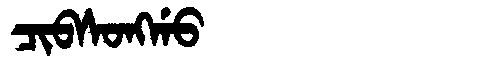
Manchu: ᠴᡳᠪᠰᠣᠩᡤᠣ
Romanization: CIBSONGGO